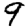
Digit: 9